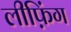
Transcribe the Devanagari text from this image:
लीफ़िंग